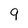
Character: 9